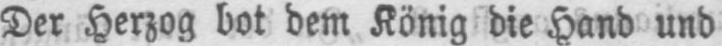
Der Herzog bot dem König die Hand und